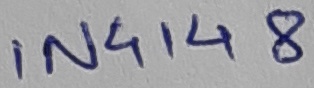
Text: IN4148